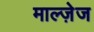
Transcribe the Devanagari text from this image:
माल्ज़ेज